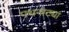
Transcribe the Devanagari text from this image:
पथनाट्या